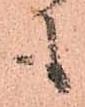
も